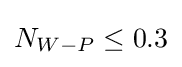
N_{W-P}\leq 0.3